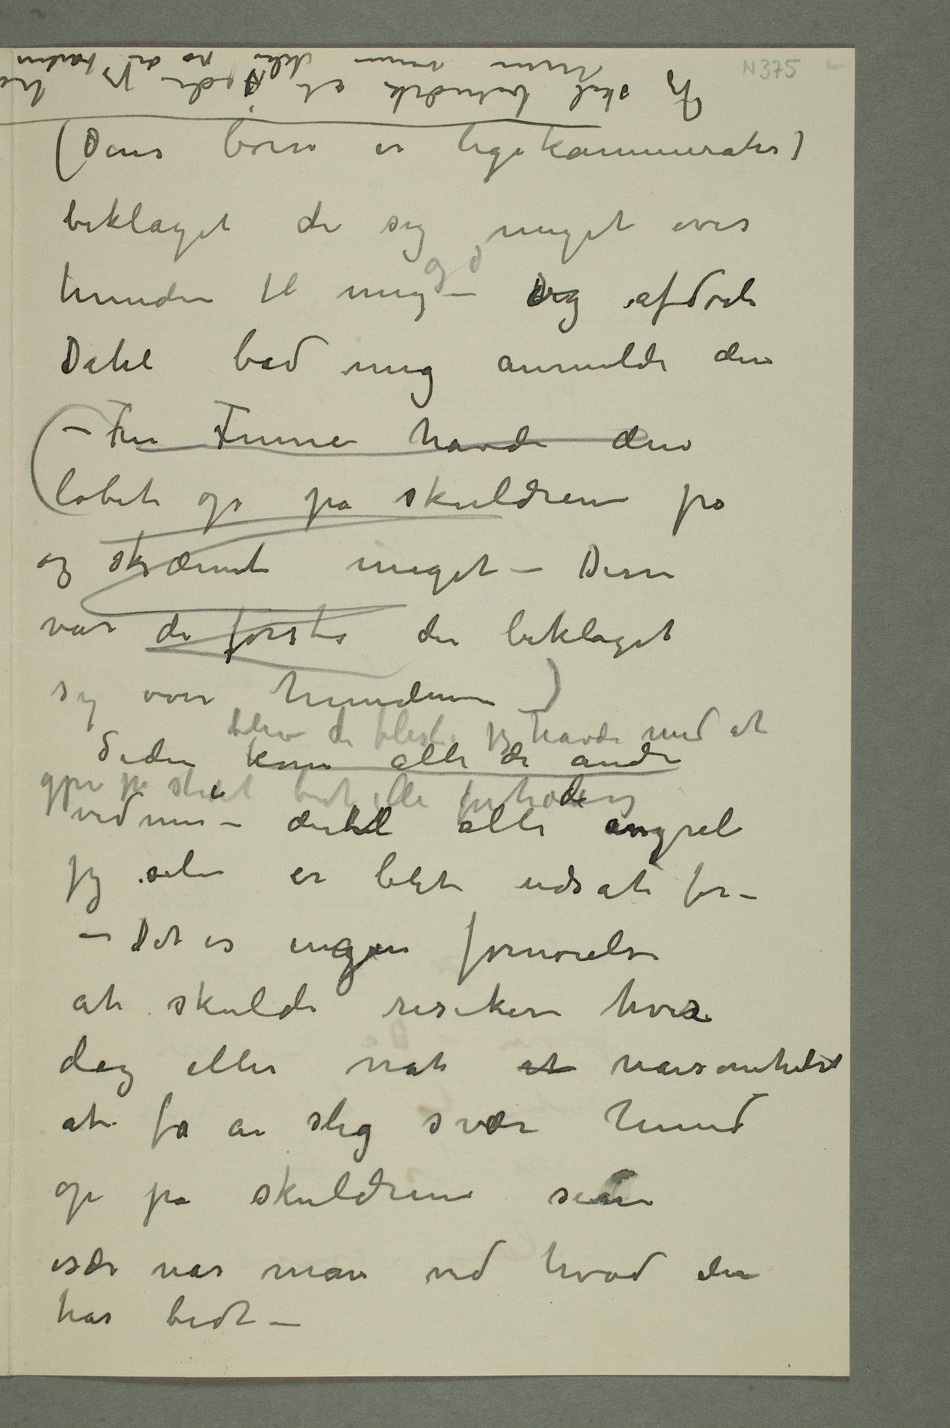
(Deres børn er legekammerater)
beklaget de sig meget over
hunden til mig  – og afdøde
Dahl bad mig anmelde den
(– Fru Finne havde den
løbet op på skuldren på
og skræmt meget – Disse
var de første der beklaget
sig over hunden) Siden kom alle de
vidner – dertil alle angreb
jeg selv er blit udsat for –
– Det er ingen fornøielse
at skulde risikere hver
dag eller nat at nårsomhelst
at få en slig svær hund
op på skulderene sine
især når man ved hvad den
har bidt –